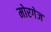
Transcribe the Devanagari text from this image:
मोरगेज